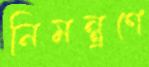
নিমন্ত্রণে